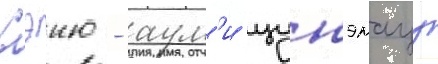
Сэию - аум'и цунэмацу